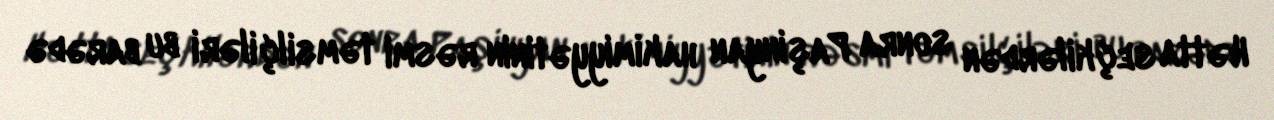
Hətta seçkilərdən sonra Paşinyan hakimiyyətinin rəsmi təmsilçiləri bu barədə